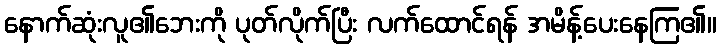
နောက်ဆုံးလူ၏ဘေးကို ပုတ်လိုက်ပြီး လက်ထောင်ရန် အမိန့်ပေးနေကြ၏။